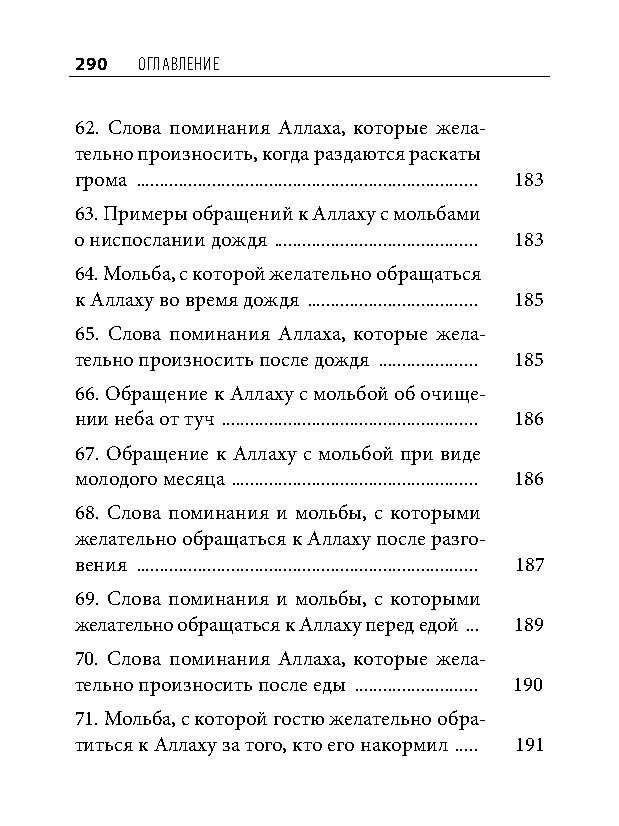
290 оглавление
 62. Слова поминания Аллаха, которые жела-
 тельно произносить, когда раздаются раскаты
 грома ........................................................................ 183
 63. Примеры обращений к Аллаху с мольбами
 о ниспослании дождя ........................................... 183
 64. Мольба, с которой желательно обращаться
 к Аллаху во время дождя .................................... 185
 65. Слова поминания Аллаха, которые жела-
 тельно произносить после дождя ..................... 185
 66. Обращение к Аллаху с мольбой об очище-
 нии неба от туч ...................................................... 186
 67. Обращение к Аллаху с мольбой при виде
 молодого месяца .................................................... 186
 68. Слова поминания и мольбы, с которыми
 желательно обращаться к Аллаху после разго-
 вения ........................................................................ 187
 69. Слова поминания и мольбы, с которыми
 желательно обращаться к Аллаху перед едой ... 189
 70. Слова поминания Аллаха, которые жела-
 тельно произносить после еды .......................... 190
 71. Мольба, с которой гостю желательно обра-
 титься к Аллаху за того, кто его накормил ..... 191